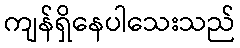
ကျန်ရှိနေပါသေးသည်